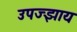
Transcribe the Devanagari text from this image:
उपज्झाय